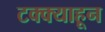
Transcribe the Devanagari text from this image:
टक्‍क्‍याहून